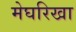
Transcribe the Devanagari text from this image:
मेघरिखा